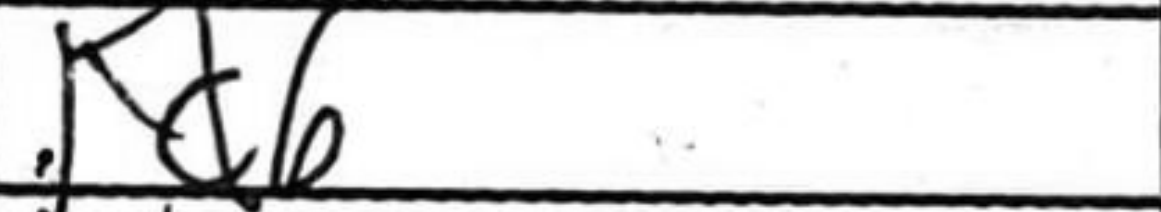
Transcription: Kd6